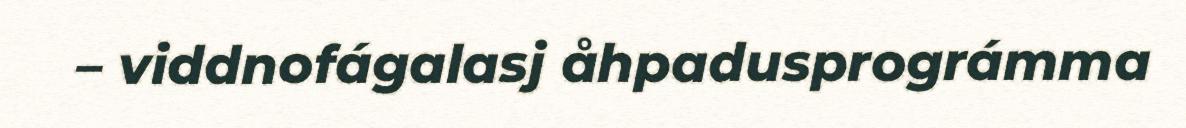
– viddnofágalasj åhpadusprográmma